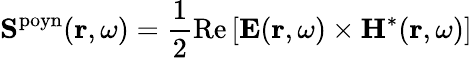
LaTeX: {\mathbf S}^{\mathrm{poyn}}({\mathbf r},\omega)=\frac{1}{2}\mathrm{Re}\left[\mathbf{E}({\mathbf r},\omega)\times\mathbf{H}^{*}({\mathbf r},\omega)\right]